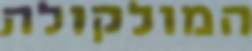
המולקולה